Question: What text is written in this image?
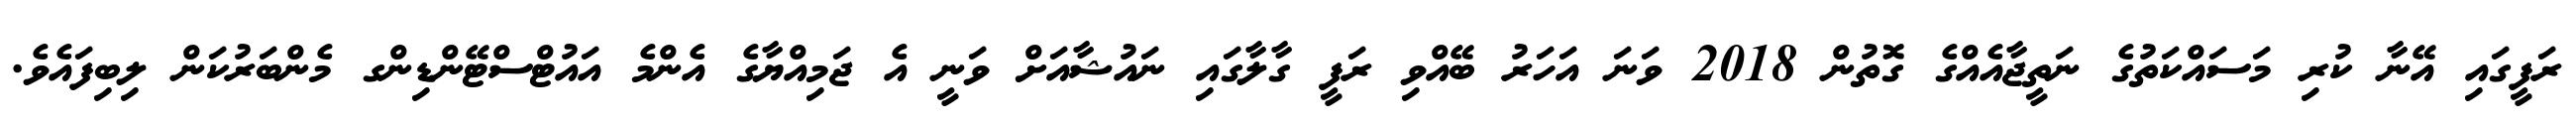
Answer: ރަފީގައި އޭނާ ކުރި މަސައްކަތުގެ ނަތީޖާއެއްގެ ގޮތުން 2018 ވަނަ އަހަރު ބޭއްވި ރަފީ ގާލާގައި ނައުޝާއަށް ވަނީ އެ ޖަމިއްޔާގެ އެންމެ އައުޓްސްޓޭންޑިންގ މެންބަރުކަން ލިބިފައެވެ.